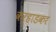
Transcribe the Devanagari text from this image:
कऱ्हाडकर